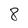
Character: 8